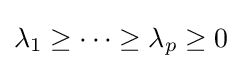
\lambda _{1}\geq \cdots \geq \lambda _{p}\geq 0